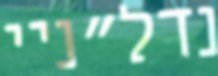
נדל"ניי